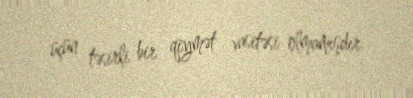
üçün təsirli bir qiymət vasitəsi olmamışdır.